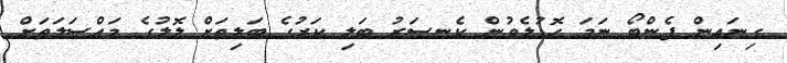
ގިނައިން ފެންބޯ ނަމަ ހޮޑުލެވުން ކެނސަރު ބަލި ކަރުގެ ބަލިތަށް ލޮލުގެ މައްސަލަތަށް